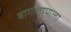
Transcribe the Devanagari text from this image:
बागलाणला